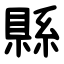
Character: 縣